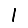
Digit: 1